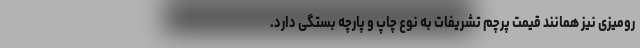
رومیزی نیز همانند قیمت پرچم تشریفات به نوع چاپ و پارچه بستگی دارد.